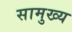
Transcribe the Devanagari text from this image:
सामुख्य